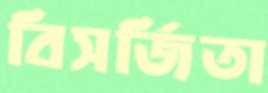
বিসর্জিতা